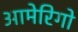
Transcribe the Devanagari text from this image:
आमेरिगो